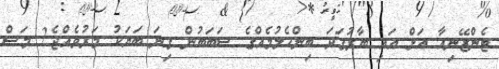
ޓެންޒޭނިއާ އަށް އައި ބާރުގަދަ ބިންހެލުމެއްގެ ސަަބަބުން ގިނަ ބަޔަކު މަރުވެއްޖެ2 މަސް